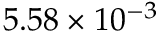
5 . 5 8 \times 1 0 ^ { - 3 }